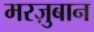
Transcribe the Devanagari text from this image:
मरज़ुबान